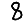
Digit: 8